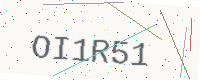
Text: OI1R51